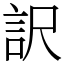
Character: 訳